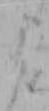
よ